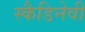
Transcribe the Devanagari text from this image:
स्कैडिनेवी